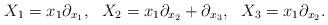
LaTeX: \begin{align*}X_1=x_1\partial_{x_1}, ~~X_2=x_1\partial_{x_2}+\partial_{x_3},~~X_3=x_1\partial_{x_2}.\end{align*}